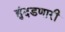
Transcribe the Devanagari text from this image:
हुंदडणारी